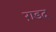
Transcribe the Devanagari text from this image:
ग़डद